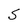
Character: S